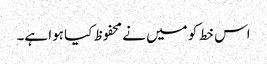
اس خط کو میں نے محفوظ کیا ہوا ہے۔